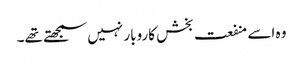
وہ اسے منفعت بخش کاروبار نہیں سمجھتے تھے۔